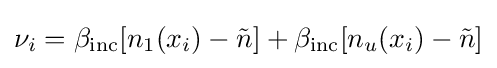
\nu _{i}=\beta _{\mathrm {inc} }[n_{1}(x_{i})-{\tilde {n}}]+\beta _{\mathrm {inc} }[n_{u}(x_{i})-{\tilde {n}}]